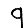
Digit: 9